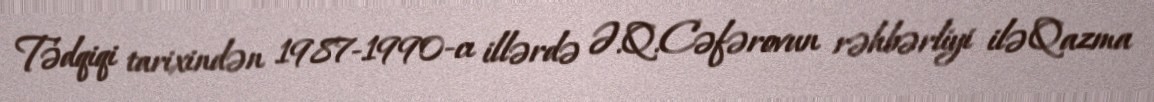
Tədqiqi tarixindən 1987-1990-cı illərdə Ə.Q.Cəfərovun rəhbərliyi ilə Qazma